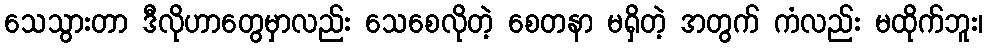
သေသွားတာ ဒီလိုဟာတွေမှာလည်း သေစေလိုတဲ့ စေတနာ မရှိတဲ့ အတွက် ကံလည်း မထိုက်ဘူး၊